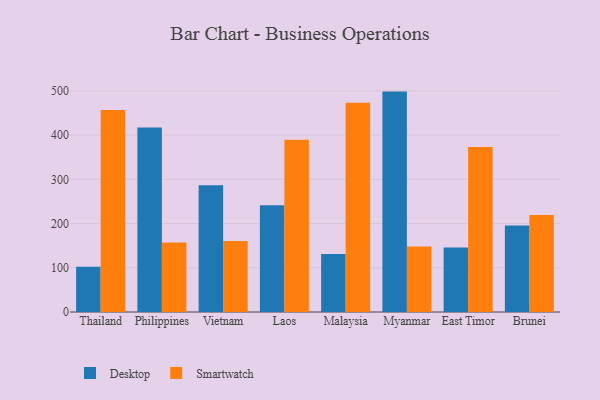
{"axis": {"x": "Country", "y": "Population (Million)"}, "legend": ["Desktop", "Smartwatch"], "data": [{"x": "Thailand", "y": 102.2, "type": "Desktop"}, {"x": "Thailand", "y": 457.0, "type": "Smartwatch"}, {"x": "Philippines", "y": 417.2, "type": "Desktop"}, {"x": "Philippines", "y": 156.9, "type": "Smartwatch"}, {"x": "Vietnam", "y": 286.7, "type": "Desktop"}, {"x": "Vietnam", "y": 160.5, "type": "Smartwatch"}, {"x": "Laos", "y": 241.6, "type": "Desktop"}, {"x": "Laos", "y": 389.3, "type": "Smartwatch"}, {"x": "Malaysia", "y": 131.0, "type": "Desktop"}, {"x": "Malaysia", "y": 473.0, "type": "Smartwatch"}, {"x": "Myanmar", "y": 498.4, "type": "Desktop"}, {"x": "Myanmar", "y": 148.3, "type": "Smartwatch"}, {"x": "East Timor", "y": 145.8, "type": "Desktop"}, {"x": "East Timor", "y": 372.9, "type": "Smartwatch"}, {"x": "Brunei", "y": 195.5, "type": "Desktop"}, {"x": "Brunei", "y": 219.2, "type": "Smartwatch"}]}